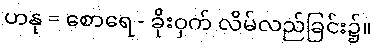
ဟနု = စောရေ - ခိုးဝှက် လိမ်လည်ခြင်း၌။